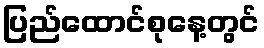
ပြည်ထောင်စုနေ့တွင်